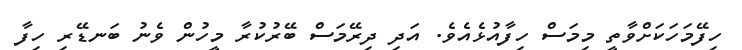
ހިފޭމަހަކަށްވާތީ މިމަސް ހިފާއުޅެއެވެ. އަދި ދިރޭމަސް ބޭރުކުރާ މީހުން ވެނު ބަނޑޭރި ހިފާ